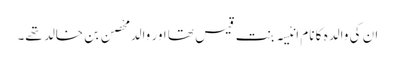
ان کی والدہ کا نام اَنِیْسَہ بنت قیس تھا اور والد مِحْصَن بن خالد تھے۔